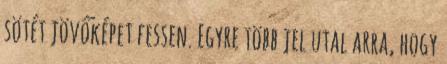
sötét jövőképet fessen. Egyre több jel utal arra, hogy